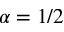
\alpha = 1 / 2